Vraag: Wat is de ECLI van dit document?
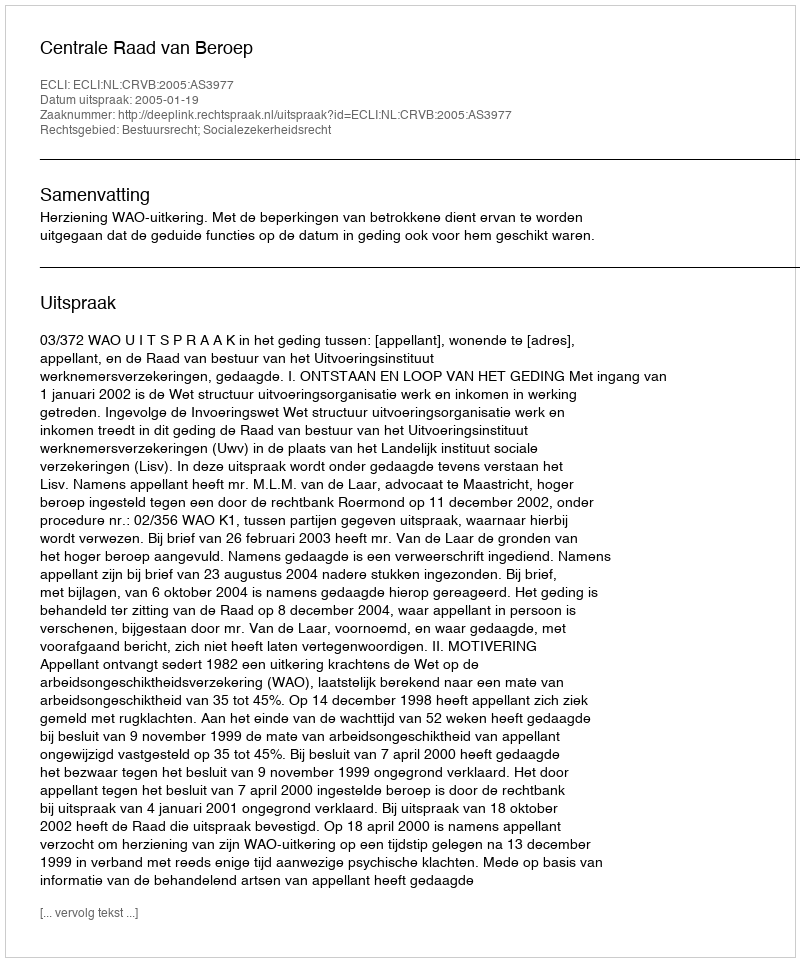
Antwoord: ECLI:NL:CRVB:2005:AS3977